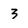
Character: 3